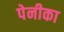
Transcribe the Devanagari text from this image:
पेनीका